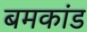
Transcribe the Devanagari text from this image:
बमकांड